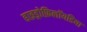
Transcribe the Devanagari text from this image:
हाइड्रोफ़िलॉयडिया